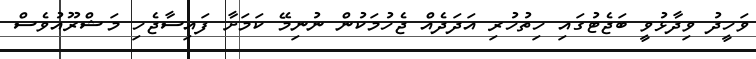
ވަހީދު ވިދާޅުވީ ބަޖެޓުގައި ހިތުހުރި އަދަދެއް ޖެހުމަކުން ނުނިމޭ ކަމަށާ ފައިސާޖެހި މަޝްރޫއުވެސް